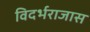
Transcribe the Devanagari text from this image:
विदर्भराजास